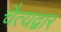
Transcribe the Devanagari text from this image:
चैत्यद्वार